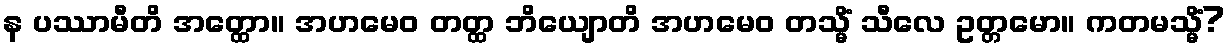
န ပဿာမီတိ အတ္ထော။ အဟမေဝ တတ္ထ ဘိယျောတိ အဟမေဝ တသ္မိံ သီလေ ဥတ္တမော။ ကတမသ္မိံ?